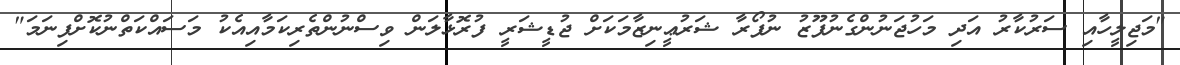
"މަޖިލީހާއި ސަރުކާރު އަދި މަހުޖަނުންގެނުފޫޒު ނުފޯރާ ޝަރުޢީނިޒާމަކަށް ޖުޑީޝަރީ ފުރޮޅާލަން ވިސްނުންތެރިކަމާއިއެކު މަސައްކަތްނުކޮށްފިނަމަ"